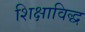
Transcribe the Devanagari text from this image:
शिक्षाविद्ध